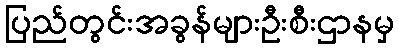
ပြည်တွင်းအခွန်များဦးစီးဌာနမှ